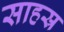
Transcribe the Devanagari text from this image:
साहस्र